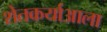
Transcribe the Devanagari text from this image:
शेतकर्याआला